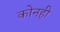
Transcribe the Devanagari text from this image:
कोनही